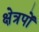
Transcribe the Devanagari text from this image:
क्षेत्रपों